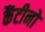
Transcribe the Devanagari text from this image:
कैंटीनो